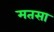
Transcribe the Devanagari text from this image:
मतसा